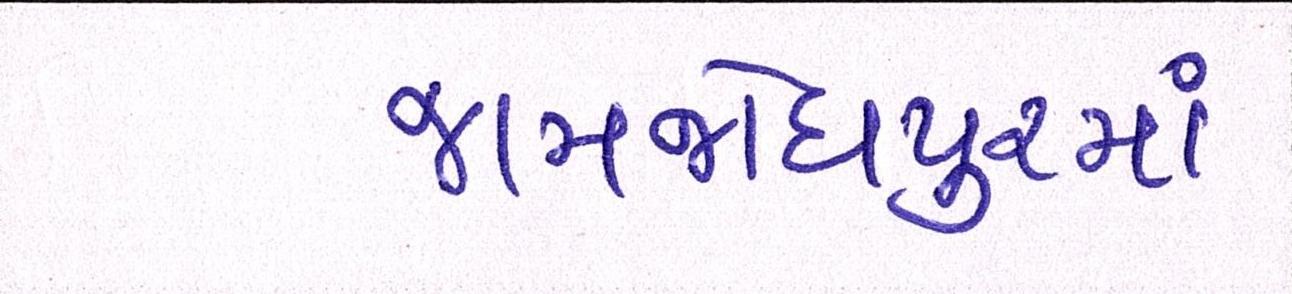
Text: જામજોધપુરમાં